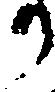
か